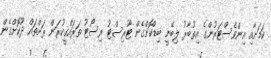
ކަމަށާއި އިންވެސްޓަރުންގެ އިތުބާރު ލިބޭނީ ބިޑްކޮށްގެން ޓޫރިސްޓު ރިސޯޓު ތަރައްގީކުރަން ރަށްތައް ދޫކޮށްގެން